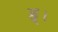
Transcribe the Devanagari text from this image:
ङ्।